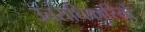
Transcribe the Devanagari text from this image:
उत्तराधिका्रियों